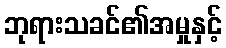
ဘုရားသခင်၏အမှုနှင့်